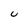
Character: U